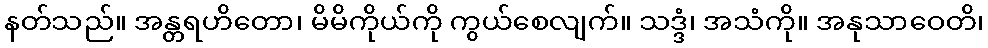
နတ်သည်။ အန္တရဟိတော၊ မိမိကိုယ်ကို ကွယ်စေလျက်။ သဒ္ဒံ၊ အသံကို။ အနုသာဝေတိ၊